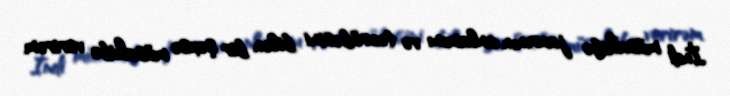
İndi müsahibə janrının anlamını və təcrübəsini bilən bir şəxsə müsahibə verirəm